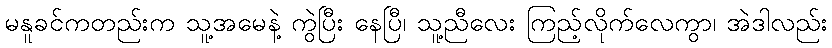
မနူခင်ကတည်းက သူ့အမေနဲ့ ကွဲပြီး နေပြီ၊ သူ့ညီလေး ကြည့်လိုက်လေကွာ၊ အဲဒါလည်း